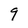
Character: 9